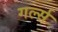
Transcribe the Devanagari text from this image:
गर्ल्‍स